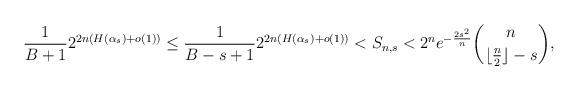
LaTeX: \begin{align*}\frac{1}{B+1}2^{2n\left(H(\alpha_s)+o(1)\right)}\leq \frac{1}{B-s+1} 2^{2n\left(H(\alpha_s)+o(1)\right)}< S_{n,s}<2^n e^{-\frac{2s^2}{n}} \binom{n}{\lfloor{\frac{n}{2}}\rfloor-s},\end{align*}